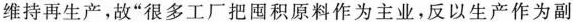
维持再生产，故“很多工厂把囤积原料作为主业，反以生产作为副